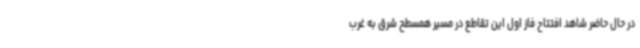
در حال حاضر شاهد افتتاح فاز اول این تقاطع در مسیر همسطح شرق به غرب